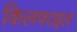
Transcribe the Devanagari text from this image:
किलफाइल